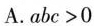
A.abc＞0